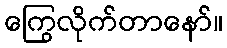
ကြွေလိုက်တာနော်။